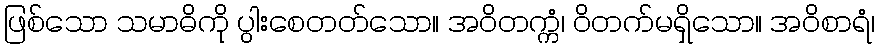
ဖြစ်သော သမာဓိကို ပွါးစေတတ်သော။ အဝိတက္ကံ၊ ဝိတက်မရှိသော။ အဝိစာရံ၊